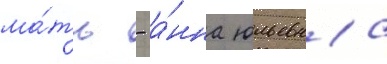
ма́ть - а́нна юльевна